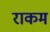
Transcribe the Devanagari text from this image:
राकम